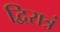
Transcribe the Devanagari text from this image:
द्विरात्रं